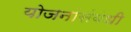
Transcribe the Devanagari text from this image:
योजनांसंबंधी